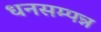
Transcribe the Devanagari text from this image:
धनसम्पन्न